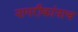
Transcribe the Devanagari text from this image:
नागरीकांनाच